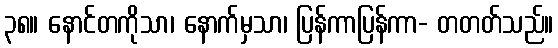
၃၈။ နောင်တကိုသာ၊ နောက်မှသာ၊ ပြန်ကာပြန်ကာ- တတတ်သည်။